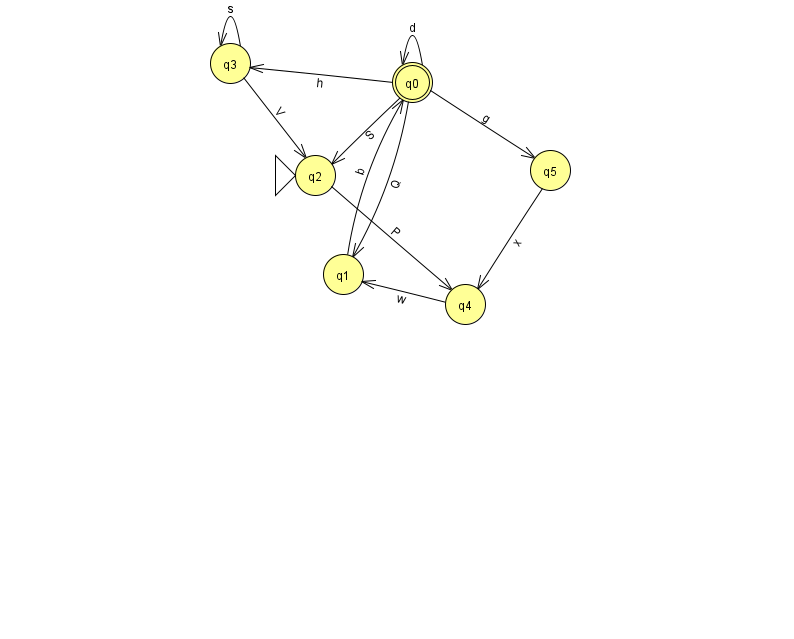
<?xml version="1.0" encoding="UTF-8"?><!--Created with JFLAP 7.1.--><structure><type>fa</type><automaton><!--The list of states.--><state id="0" name="q0"><x>412.0</x><y>69.0</y><final/></state><state id="1" name="q1"><x>343.0</x><y>261.0</y></state><state id="2" name="q2"><x>315.0</x><y>162.0</y><initial/></state><state id="3" name="q3"><x>230.0</x><y>50.0</y></state><state id="4" name="q4"><x>465.0</x><y>291.0</y></state><state id="5" name="q5"><x>550.0</x><y>157.0</y></state><!--The list of transitions.--><transition><from>4</from><to>1</to><read>w</read></transition><transition><from>0</from><to>2</to><read>S</read></transition><transition><from>3</from><to>3</to><read>s</read></transition><transition><from>0</from><to>0</to><read>d</read></transition><transition><from>3</from><to>2</to><read>V</read></transition><transition><from>0</from><to>1</to><read>Q</read></transition><transition><from>0</from><to>5</to><read>g</read></transition><transition><from>0</from><to>3</to><read>h</read></transition><transition><from>5</from><to>4</to><read>x</read></transition><transition><from>1</from><to>0</to><read>b</read></transition><transition><from>2</from><to>4</to><read>P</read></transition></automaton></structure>